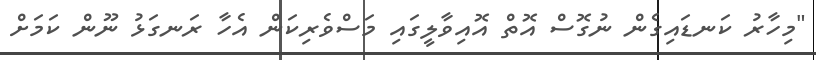
"މިހާރު ކަނޑައިގެން ނުގޮސް އޮތް އޮއިވާލީގައި މަސްވެރިކަން އެހާ ރަނގަޅު ނޫން ކަމަށް